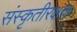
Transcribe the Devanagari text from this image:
संस्कृतीरक्षक